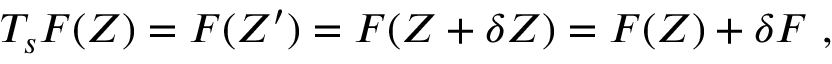
T _ { s } F ( Z ) = F ( Z ^ { \prime } ) = F ( Z + \delta Z ) = F ( Z ) + \delta F ~ ,